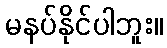
မနပ်နိုင်ပါဘူး။